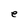
Character: e